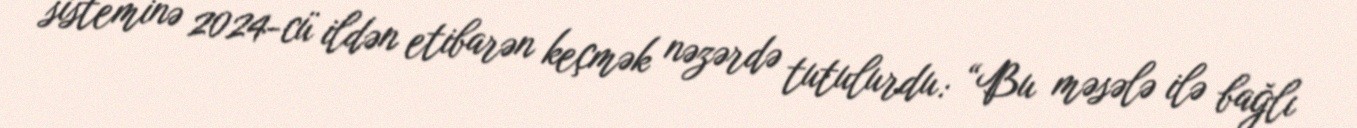
sisteminə 2024-cü ildən etibarən keçmək nəzərdə tutulurdu: “Bu məsələ ilə bağlı